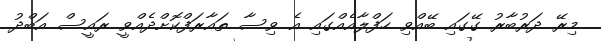
މިރޭ ދަރުބާރު ގޭގައި ބޭއްވި ހަފްލާއެއްގައި އެ ވިސާ ތައާރަފްކޮށްދެއްވީ ރައީސް އަބްދު